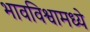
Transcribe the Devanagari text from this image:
भावविश्वामध्ये